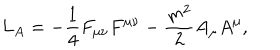
L _ { A } = \mathrm { } - \frac { 1 } { 4 } F _ { \mu \nu } F ^ { \mu \nu } - \frac { m ^ { 2 } } { 2 } A _ { \mu } A ^ { \mu } ,